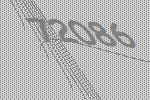
72086